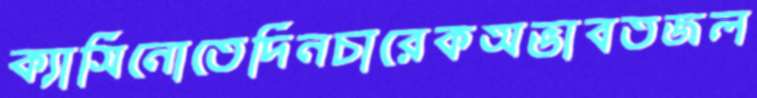
ক্যাসিনোতেদিনচারেকঅভাবতজল